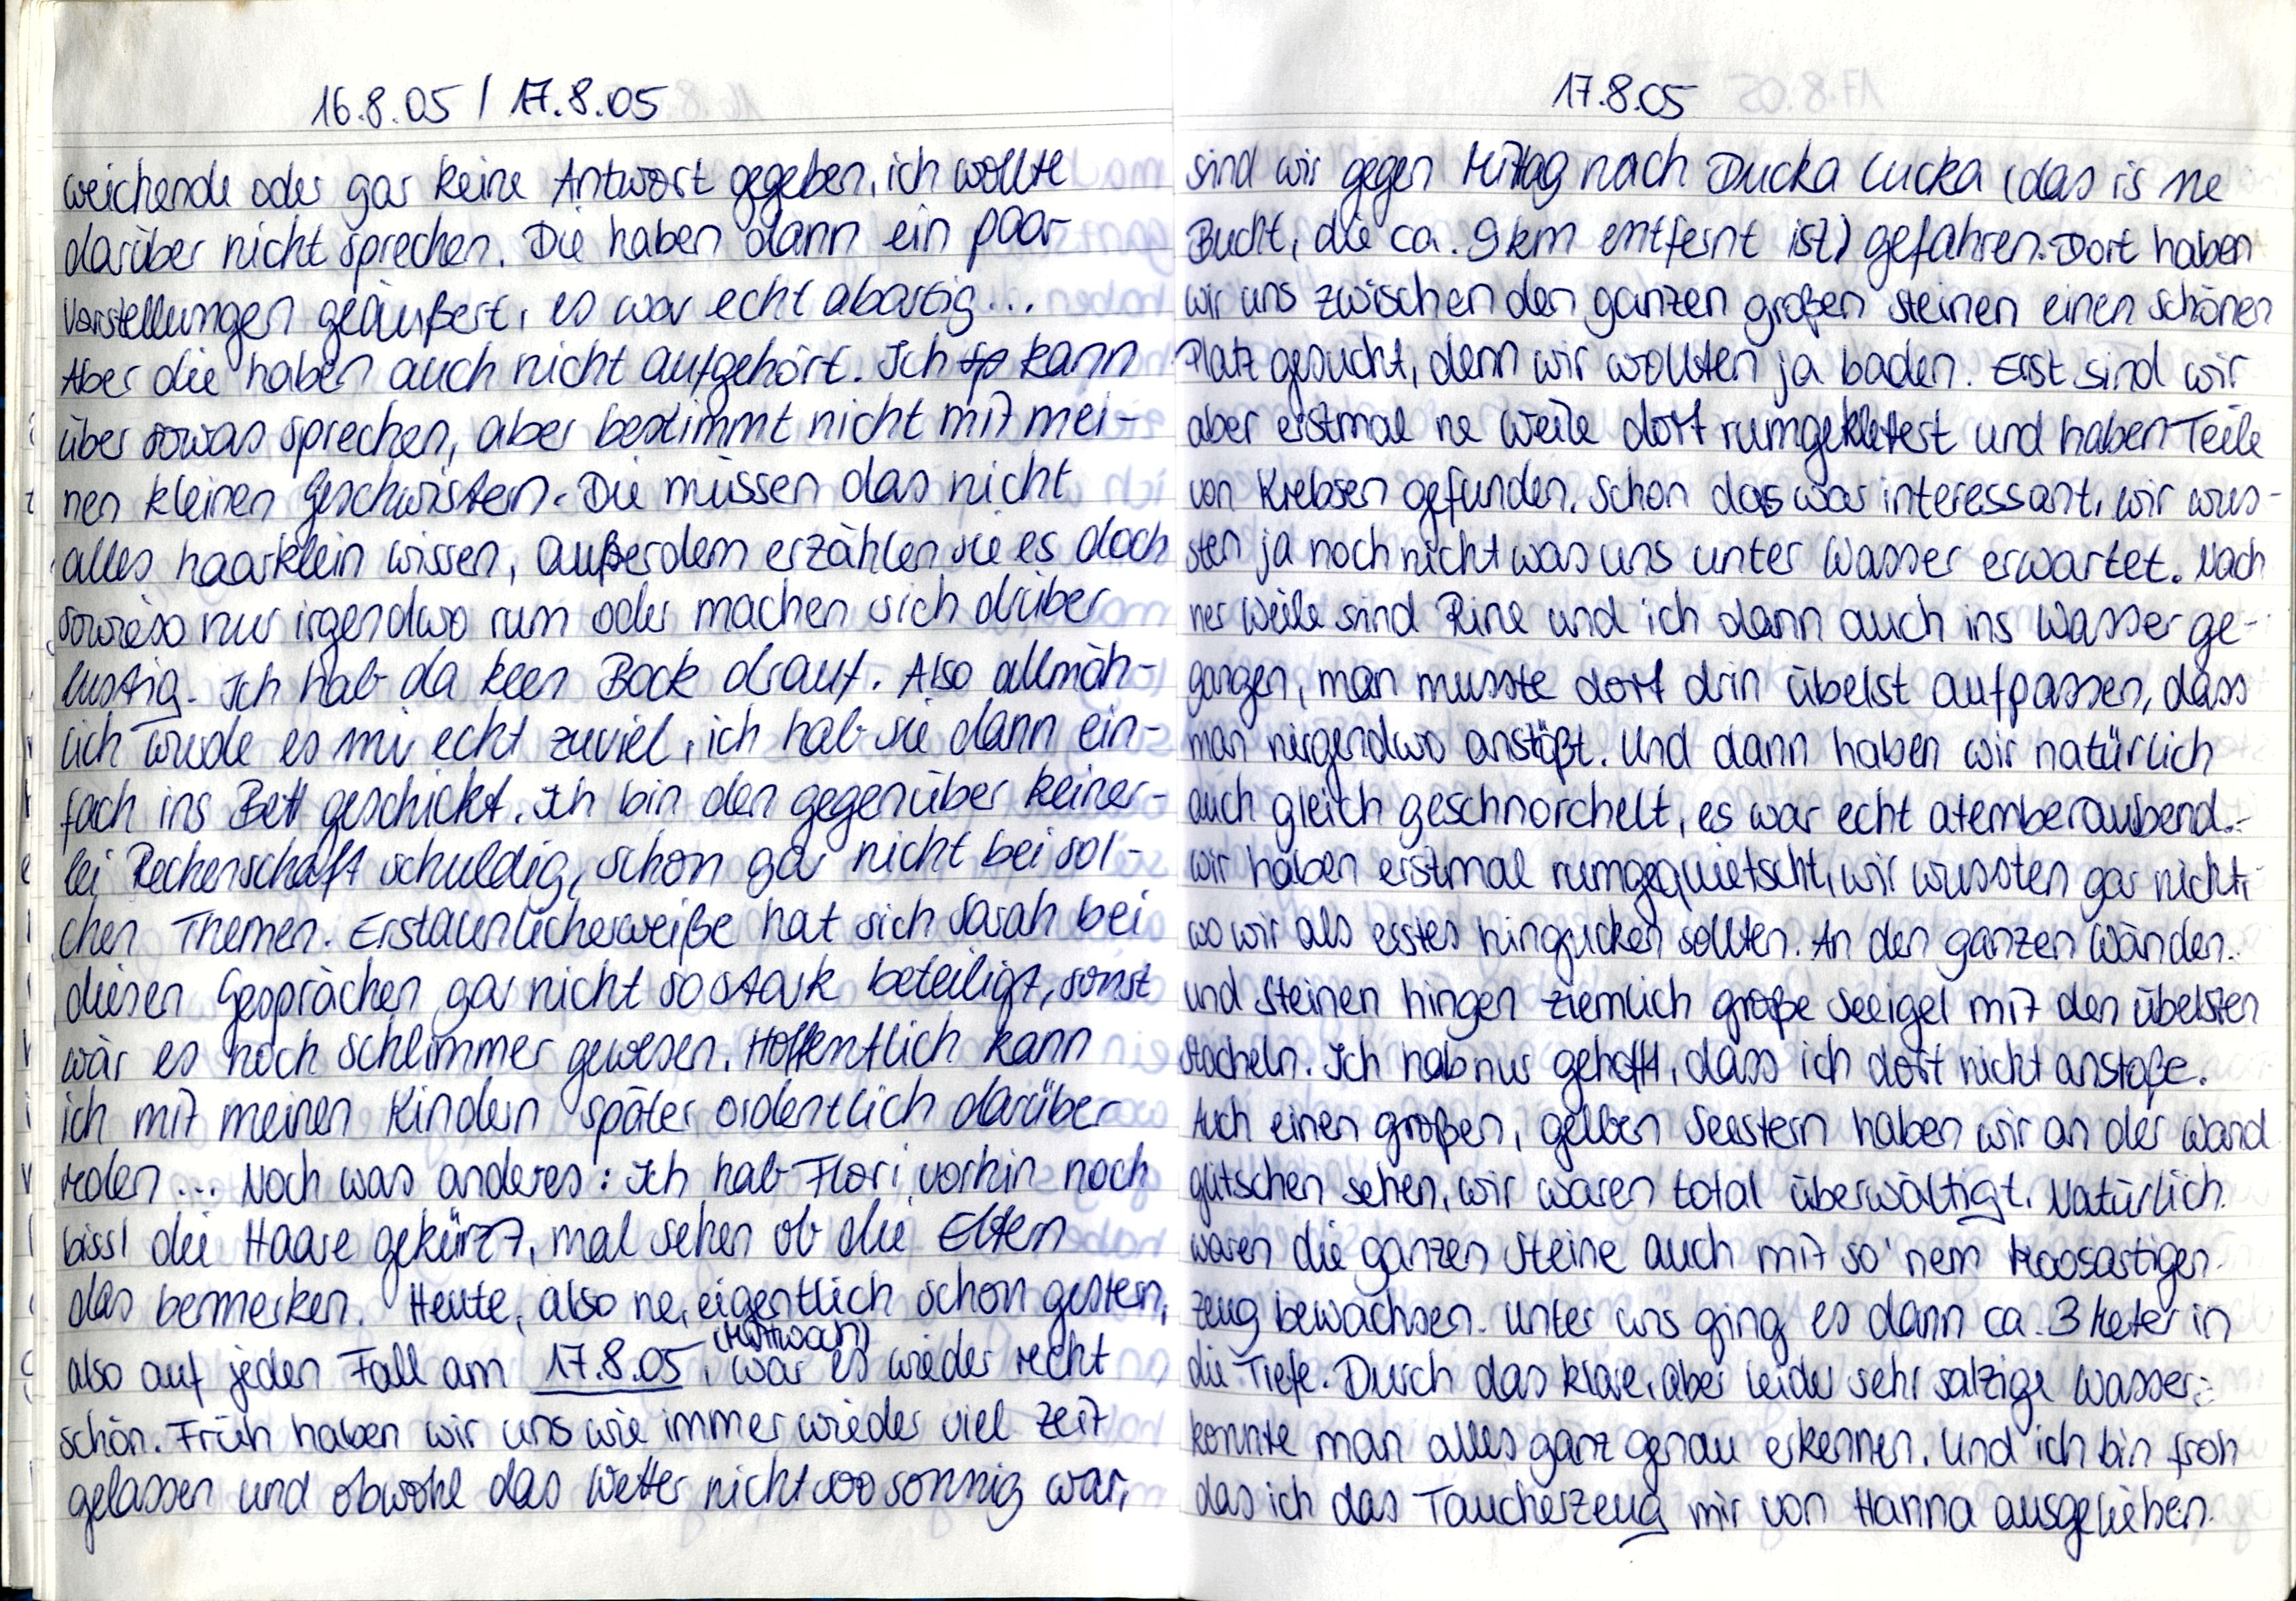
16.8.05 / 17.8.05
weichende oder gar keine Antwort gegeben, ich wollte
darüber nicht sprechen. Die haben dann ein paar
Vorstellungen geäußert, es war echt abartig...
Aber die haben auch nicht aufgehört. Ich kann
über sowas sprechen, aber bestimmt nicht mit mei-
nen kleinen Geschwistern. Die müssen das nicht
alles haarklein wissen, außerdem erzählen sie es doch
soweiso nur irgendwo rum oder machen sich drüber
lustig. Ich hab da keen Bock drauf. Also allmäh-
lich wurde es mir echt zuviel, ich hab sie dann ein-
fach ins Bett geschickt. Ich bin den gegenüber keiner-
lei Rechenschaft schuldig, schon gar nicht bei sol-
chen Themen. Erstaunlicherweiße hat sich Sarah bei
diesen Gesprächen gar nicht so stark beteiligt, sonst
wär es noch schlimmer gewesen. Hoffentlich kann
ich mit meinen Kindern später ordentlich darüber
reden... Noch was anderes: Ich hab Flori vorhin noch
bissl die Haare gekürzt, mal sehen ob die Eltern
das bemerken. Heute, also ne, eigentlich schon gestern,
(Mittwoch)
also auf jeden Fall am 17.8.05, war es wieder recht
schön. Früh haben wir uns wie immer wieder viel Zeit
gelassen und obwohl das Wetter nicht soo sonnig war,

17.8.05
sind wir gegen Mittag nach Ducka Lucka (das is ne
Bucht, die ca. 9km entfernt ist) gefahren. Dort haben
wir uns zwischen den ganzen großen Steinen einen schönen
Platz gesucht, denn wir wollten ja baden. Erst sind wir
aber erstmal ne Weile dort rumgeklettert und haben Teile
von Krebsen gefunden. Schon das war interessant, wir wus-
sten ja noch nicht was uns unter Wasser erwartet. Nach
ner Weile sind Rine und ich dann auch ins Wasser ge-
gangen, man musste dort drin übelst aufpassen, dass
man nirgendwo anstößt. Und dann haben wir natürlich
auch gleich geschnorchelt, es war echt atemberaubend.
Wir haben erstmal rumgequietscht, wir wussten gar nicht,
wo wir als erstes hingucken sollten. An den ganzen Wänden
und Steinen hingen ziemlich große Seeigel mit den übelsten
Stacheln. Ich hab nur gehofft, dass ich dort nicht anstoße.
Auch einen großen, gelben Seestern haben wir an der Wand
glitschen sehen, wir waren total überwältigt. Natürlich
waren die ganzen Steine auch mit so'nem Moosartigen
Zeug bewachsen. Unter uns ging es dann ca 3 Meter in
die Tiefe. Durch das klare, aber leider sehr salzige Wasser
konnte man alles ganz genau erkennen. Und ich bin froh
das ich das Taucherzeug mir von Hanna ausgeliehen